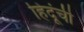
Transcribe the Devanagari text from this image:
हिदूंची